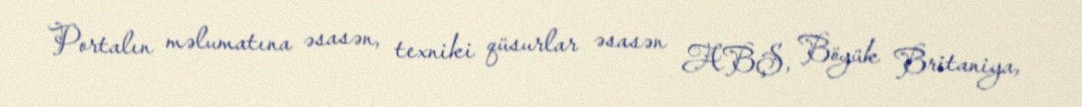
Portalın məlumatına əsasən, texniki qüsurlar əsasən ABŞ, Böyük Britaniya,